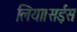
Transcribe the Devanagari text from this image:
लिया।सईस